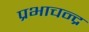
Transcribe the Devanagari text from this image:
प्रभाचन्द्र